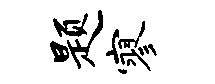
题寥